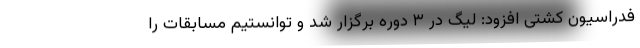
فدراسیون کشتی افزود: لیگ در ۳ دوره برگزار شد و توانستیم مسابقات را